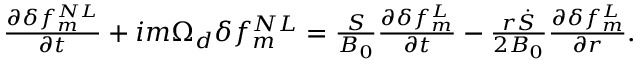
\begin{array} { r } { \frac { \partial \delta f _ { m } ^ { N L } } { \partial t } + { i m \Omega _ { d } \delta f _ { m } ^ { N L } } = { \frac { S } { B _ { 0 } } \frac { \partial \delta f _ { m } ^ { L } } { \partial t } } - \frac { r \dot { S } } { 2 B _ { 0 } } \frac { \partial \delta f _ { m } ^ { L } } { \partial r } . } \end{array}